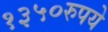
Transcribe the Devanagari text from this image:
१३५०रुपये